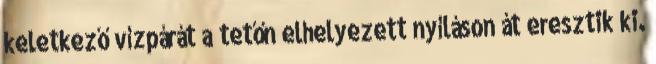
keletkező vízpárát a tetőn elhelyezett nyíláson át eresztik ki.